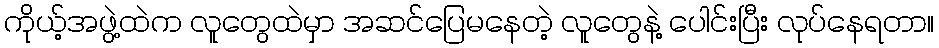
ကိုယ့်အဖွဲ့ထဲက လူတွေထဲမှာ အဆင်ပြေမနေတဲ့ လူတွေနဲ့ ပေါင်းပြီး လုပ်နေရတာ။